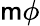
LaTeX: \mathsf{m}\phi